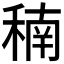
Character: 𥠮